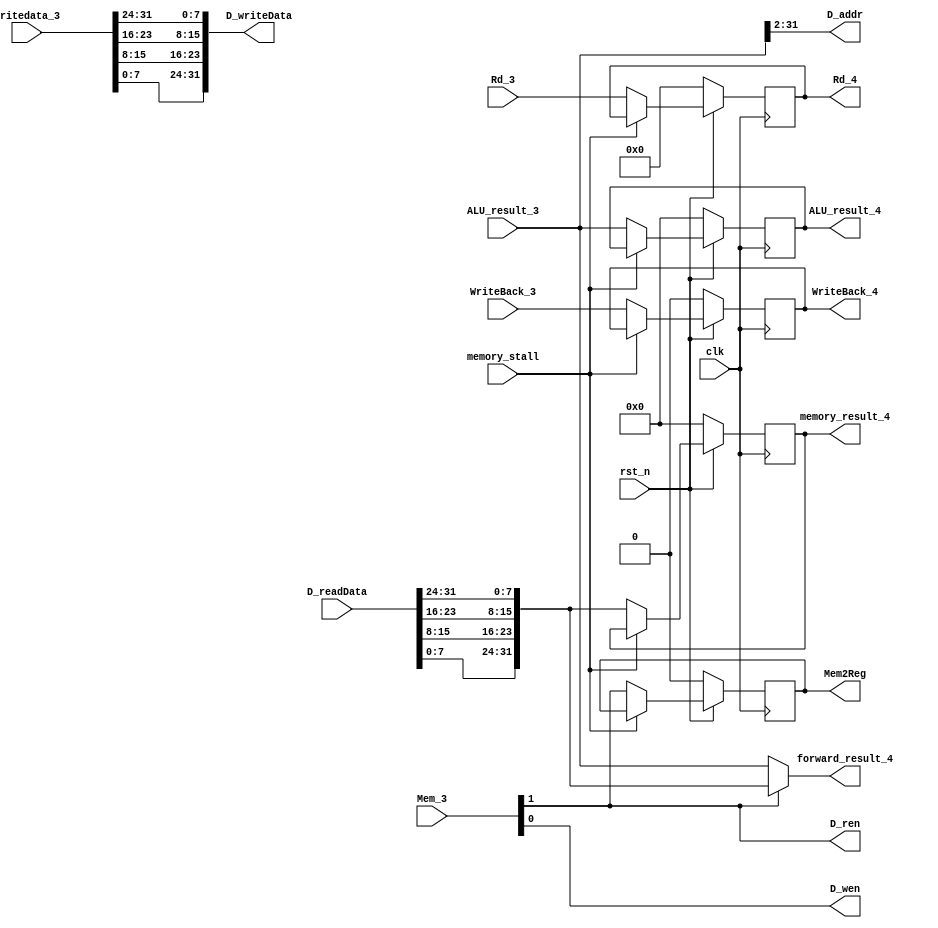
module Memory(
    input         clk,
    input         rst_n,
    input         memory_stall,
    input [31:0]  ALU_result_3,
    input [31:0]  writedata_3,
    
    input [31:0]  D_readData,
    
    input         WriteBack_3,
    input [1:0]   Mem_3,
    input [4:0]   Rd_3,
    
    output [31:0] memory_result_4,
    output [31:0] ALU_result_4,
    output [31:0] forward_result_4,

    output [4:0]  Rd_4,
    output        WriteBack_4,
    output        Mem2Reg,
    
    output [29:0] D_addr,
    output        D_wen,
    output        D_ren,
    output [31:0] D_writeData
);

reg [31:0] memory_result_r, memory_result_w;
reg [31:0] ALU_result_r, ALU_result_w;
reg [4:0]  Rd_r, Rd_w;
reg        WriteBack_r, WriteBack_w;
reg        Mem2Reg_r, Mem2Reg_w;

assign memory_result_4  = memory_result_r;
assign ALU_result_4     = ALU_result_r;
assign Rd_4             = Rd_r;
assign WriteBack_4      = WriteBack_r;
assign Mem2Reg          = Mem2Reg_r; // lw 

assign D_addr           = ALU_result_3[31:2];
assign D_wen            = Mem_3[0];
assign D_ren            = Mem_3[1];
assign D_writeData      = {writedata_3[7:0],writedata_3[15:8],writedata_3[23:16],writedata_3[31:24]}; //with little_end
assign forward_result_4 = Mem_3[1] ? {D_readData[7:0],D_readData[15:8],D_readData[23:16],D_readData[31:24]} : ALU_result_3;

always @(*) begin // data memory
    memory_result_w = memory_stall ? memory_result_r : {D_readData[7:0],D_readData[15:8],D_readData[23:16],D_readData[31:24]}; //with little_end
    ALU_result_w    = memory_stall ? ALU_result_r : ALU_result_3;
    Rd_w            = memory_stall ? Rd_r : Rd_3;
    WriteBack_w     = memory_stall ? WriteBack_r : WriteBack_3;    
    Mem2Reg_w       = memory_stall ? Mem2Reg_r : Mem_3[1];
end  

always @(posedge clk) begin
    if(!rst_n) begin
        memory_result_r <= 32'd0;
        ALU_result_r    <= 32'd0;
        Rd_r            <= 5'd0;
        WriteBack_r     <= 1'b0;
        Mem2Reg_r       <= 1'b0;
    end
    else begin
        memory_result_r <= memory_result_w;
        ALU_result_r    <= ALU_result_w;
        Rd_r            <= Rd_w;
        WriteBack_r     <= WriteBack_w;
        Mem2Reg_r       <= Mem2Reg_w;
    end
end
endmodule